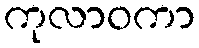
ကုလာဝကာ